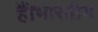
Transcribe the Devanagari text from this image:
हैं।भारतीय